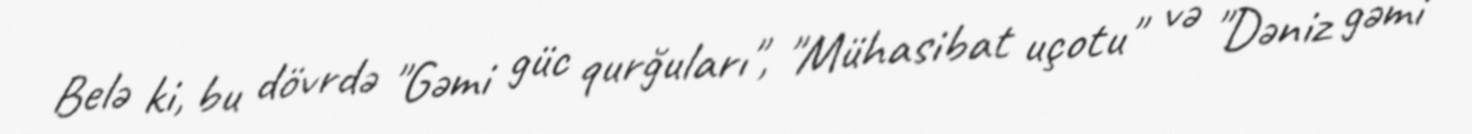
Belə ki, bu dövrdə "Gəmi güc qurğuları", "Mühasibat uçotu" və "Dəniz gəmi